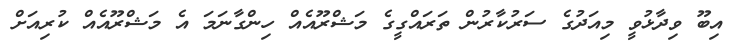
އިބޫ ވިދާޅުވީ މިއަދުގެ ސަރުކާރުން ތަރައްގީގެ މަޝްރޫއެއް ހިންގާނަމަ އެ މަޝްރޫއެއް ކުރިއަށް